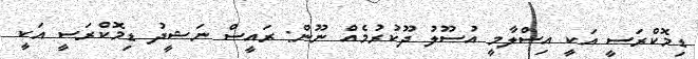
ޑިމޮކްރަސީ އަކީ އިސްލާމީ އުސޫލު ދޫކުރުމެއް ނޫން: ރައީސް ނަޝީދު ޑިމޮކްރަސީ އަކީ